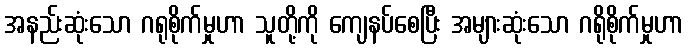
အနည်းဆုံးသော ဂရုစိုက်မှုဟာ သူတို့ကို ကျေနပ်စေပြီး အများဆုံးသော ဂရိုစိုက်မှုဟာ